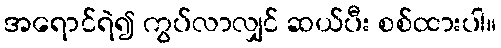
အရောင်ရဲ၍ ကွပ်လာလျှင် ဆယ်ပီး စစ်ထားပါ။